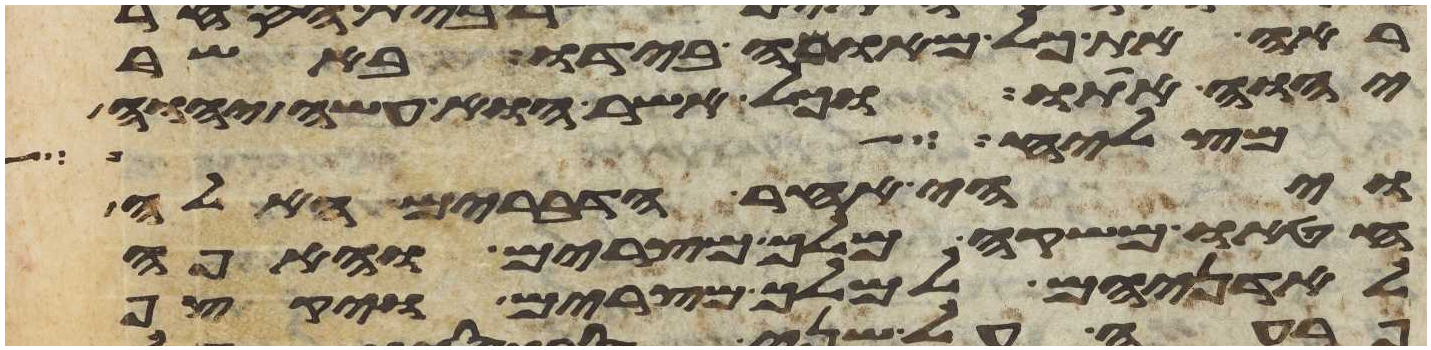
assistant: ראה את כל מאומה בידו באשר
יהוה אתו וכל אשר הוא עשה יהוה
תצליח אל
ויהי אחר הדברים האלה
חטאו משקה מלך מצרים והאפה
לאדניהם למלך מצרים ויקצף